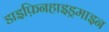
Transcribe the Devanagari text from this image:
डाइफ़िनहाइड्रमाइन